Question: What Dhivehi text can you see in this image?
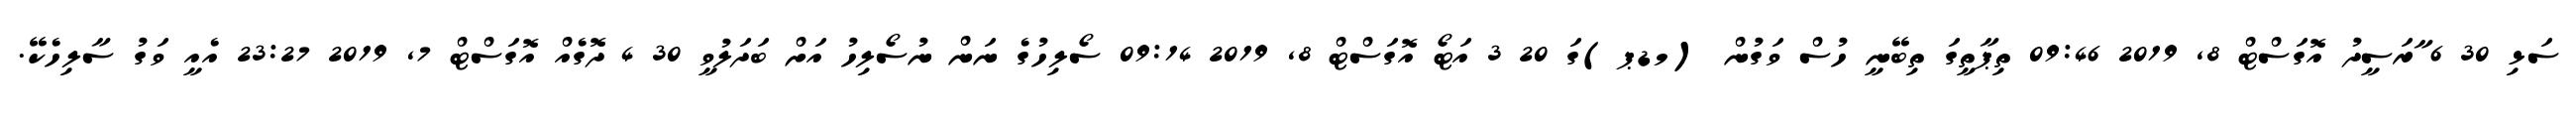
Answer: ސަޅި 30 6 ާރަސީދު އޮގަސްޓް 8, 2019 09:46 ތިޕާތީގަ ތިބޭނީ ހުސް ވަގުން (މޑޕ)ގަ 20 3 އަޓޯ އޮގަސްޓް 8, 2019 09:14 ސޯލިހުގެ ނަން ނުސޯލިހު އަށް ބަދަލުވީ 30 4 ދޮގެއް އޮގަސްޓް 7, 2019 23:27 އެއީ ވަގު ސާލިހެކޭ.